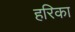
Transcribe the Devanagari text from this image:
हरिका